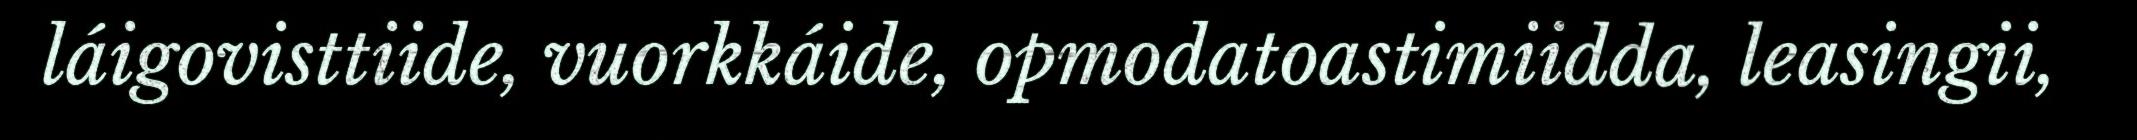
láigovisttiide, vuorkkáide, opmodatoastimiidda, leasingii,